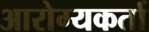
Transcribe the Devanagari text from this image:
आरोग्यकर्ता